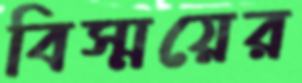
বিস্ময়ের